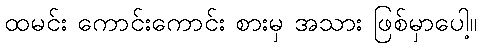
ထမင်း ကောင်းကောင်း စားမှ အသား ဖြစ်မှာပေါ့။